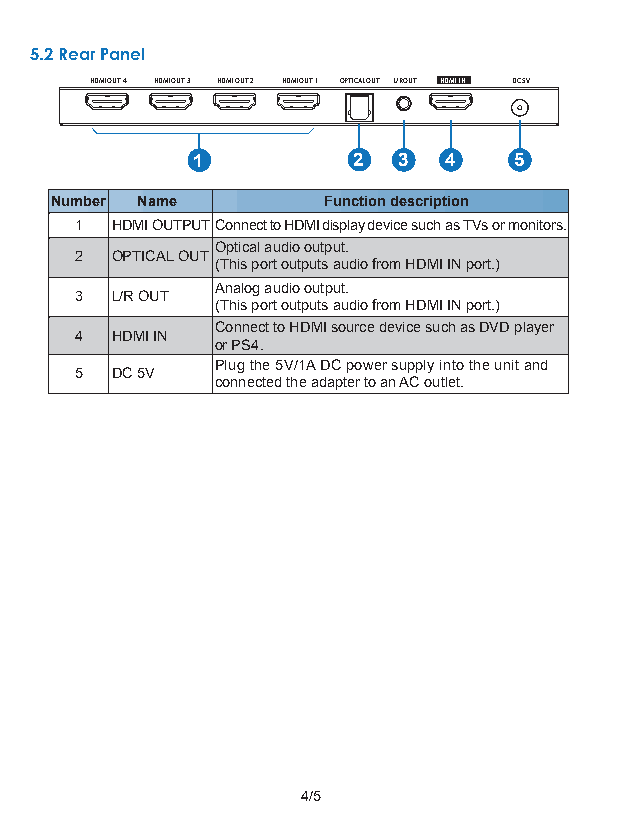
5.2 Rear Panel
 HDMI OUT 4 HDMI OUT 3 HDMI OUT 2 HDMI OUT 1 OPTICAL OUT L/R OUT HDMI IN DC 5V
 1         2  3  4    5
 3 4
 Number Name       Function description
 1 HDMI OUTPUTConnect to HDMI display device such as TVs or monitors.
 Optical audio output.
 2 OPTICAL OUT
 (This port outputs audio from HDMI IN port.)
 Analog audio output.
 3 L/R OUT
 (This port outputs audio from HDMI IN port.)
 Connect to HDMI source device such as DVD player
 4 HDMI IN
 or PS4.
 Plug the 5V/1A DC power supply into the unit and
 5 DC 5V
 connected the adapter to an AC outlet.
 4/5